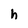
Character: h